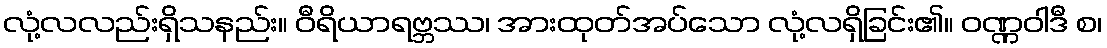
လုံ့လလည်းရှိသနည်း။ ဝီရိယာရဗ္ဘဿ၊ အားထုတ်အပ်သော လုံ့လရှိခြင်း၏။ ဝဏ္ဏဝါဒီ စ၊